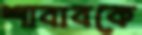
শাবাবকে